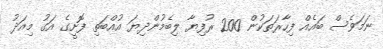
ނަމަވެސް ބައެއް ފިހާރަތަކުން 200 ރުފިޔާ ލިބެމުންދިޔަ އުއްބަތި ފޮށީގެ އަގު މިއަދު